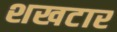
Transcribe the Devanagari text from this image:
शखटार